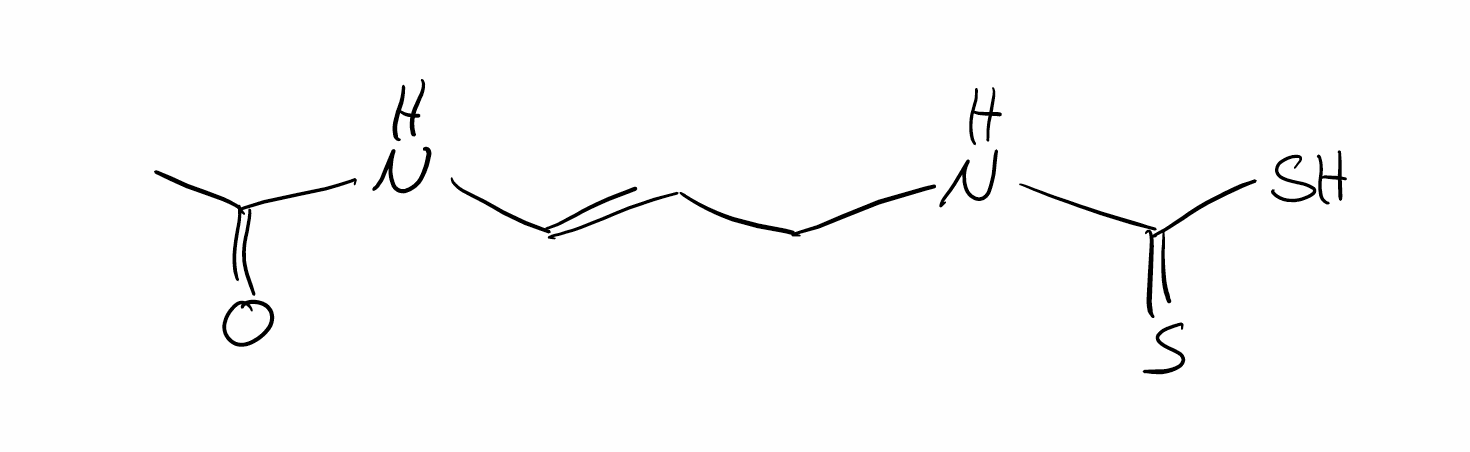
Simplified molecular-input line-entry system (SMILES) notation of the given molecule:
CC(=O)N/C=C/CNC(=S)S